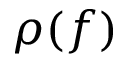
\rho ( f )